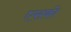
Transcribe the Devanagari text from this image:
एसको